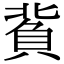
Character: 𧶙